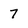
Character: 7